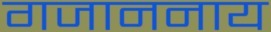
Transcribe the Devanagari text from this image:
गजाननाय